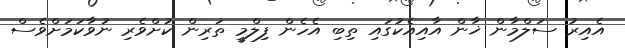
އެއިރު ސަލްމާން ޚާން އާއިއެކުގައި ތިބި އެހެން ފިލްމީ ތަރިން ކުށްވެރި ނުވާކަމަށްވެސް